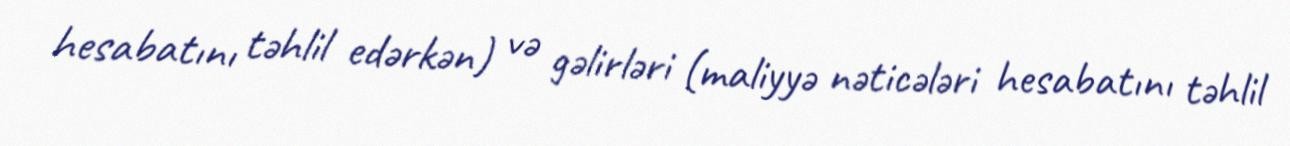
hesabatını təhlil edərkən) və gəlirləri (maliyyə nəticələri hesabatını təhlil